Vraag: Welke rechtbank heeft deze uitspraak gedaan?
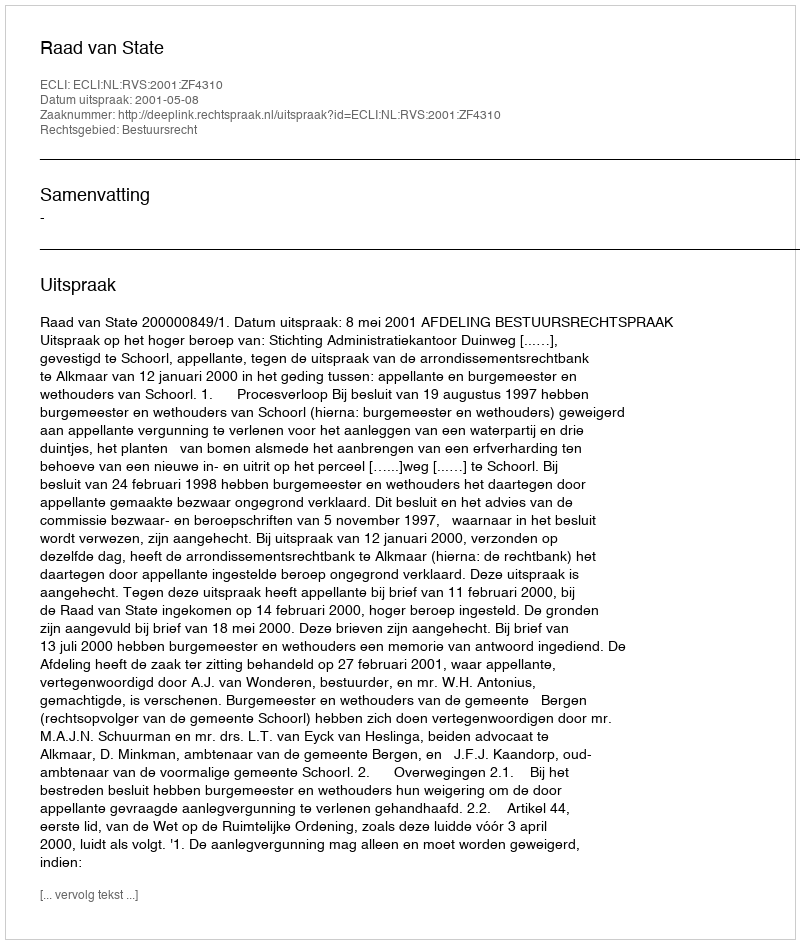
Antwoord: Raad van State